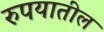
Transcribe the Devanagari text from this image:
रुपयातील